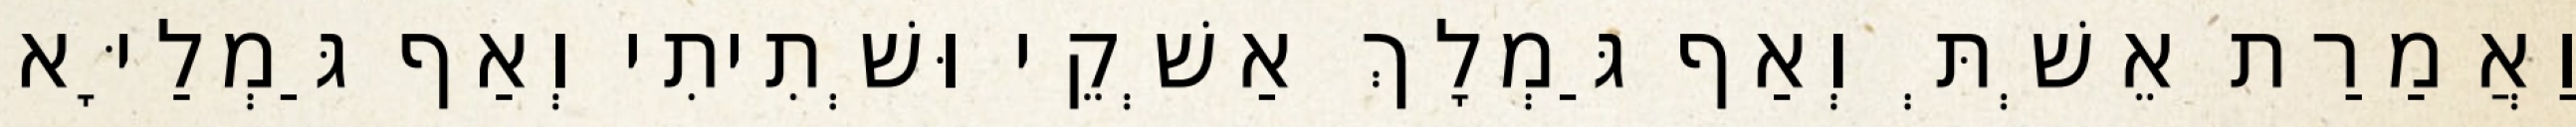
וַאֲמַרַת אֵשְׁתְּ וְאַף גַּמְלָךְ אַשְׁקֵי וּשְׁתִיתִי וְאַף גַּמְלַיָּא